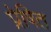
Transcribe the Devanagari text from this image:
प्रेषित